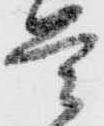
首